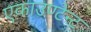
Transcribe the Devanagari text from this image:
एकाउण्टेन्ट